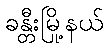
ခန္တီးမြို့နယ်